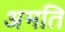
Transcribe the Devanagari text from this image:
अमति